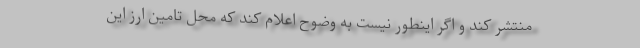
منتشر کند و اگر اینطور نیست به وضوح اعلام کند که محل تامین ارز این